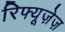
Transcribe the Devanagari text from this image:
रिफ्यूज़ेज़